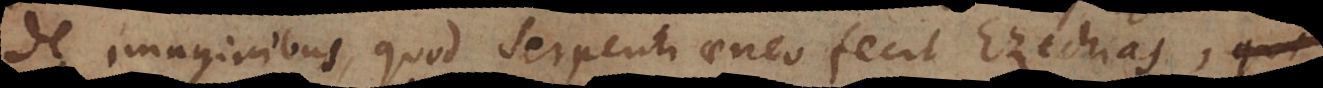
de imaginibus, quod serpenti aeneo fecit Ezechias,